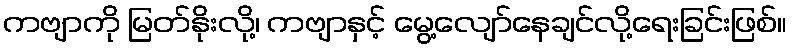
ကဗျာကို မြတ်နိုးလို့၊ ကဗျာနှင့် မွေ့လျော်နေချင်လို့ရေးခြင်းဖြစ်။